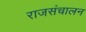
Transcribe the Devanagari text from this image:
राजसंचालन